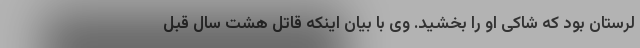
لرستان بود که شاکی او را بخشید. وی با بیان اینکه قاتل هشت سال قبل